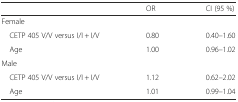
|  | OR | CI (95 %) |
 | --- | --- | --- |
 | Female |  |  |
 | CETP 405 V/V versus I/I + I/V | 0.80 | 0.40–1.60 |
 | Age | 1.00 | 0.96–1.02 |
 | Male |  |  |
 | CETP 405 V/V versus I/I + I/V | 1.12 | 0.62–2.02 |
 | Age | 1.01 | 0.99–1.04 |